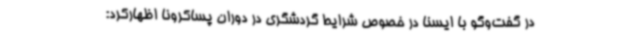
در گفت‌وگو با ایسنا در خصوص شرایط گردشگری در دوران پساکرونا اظهارکرد: